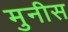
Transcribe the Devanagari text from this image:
मुनीस